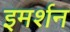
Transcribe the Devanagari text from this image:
इमर्शन